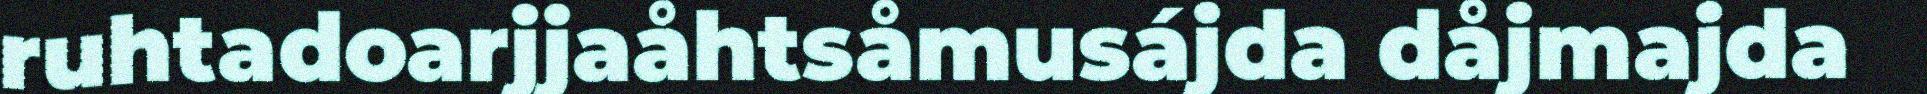
ruhtadoarjjaåhtsåmusájda dåjmajda